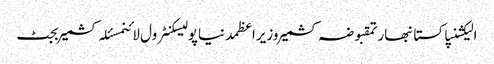
الیکشنپاکستانبھارتمقبوضہ کشمیروزیراعظمدنیاپولیسکنٹرول لائنمسئلہ کشمیربجٹ